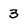
Character: 3